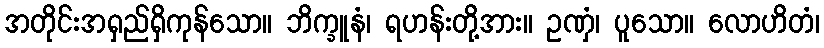
အတိုင်းအရှည်ရှိကုန်သော။ ဘိက္ခူနံ၊ ရဟန်းတို့အား။ ဥဏှံ၊ ပူသော။ လောဟိတံ၊